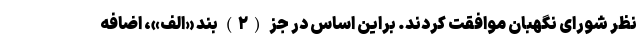
نظر شورای نگهبان موافقت کردند. براین اساس در جز (۲) بند «الف»، اضافه